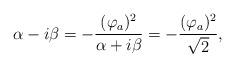
LaTeX: \begin{align*}\alpha - i \beta = - {(\varphi_a)^2 \over \alpha + i\beta} = -{(\varphi_a)^2 \over \sqrt{2}}, \end{align*}